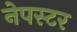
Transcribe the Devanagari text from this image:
नेपस्टर